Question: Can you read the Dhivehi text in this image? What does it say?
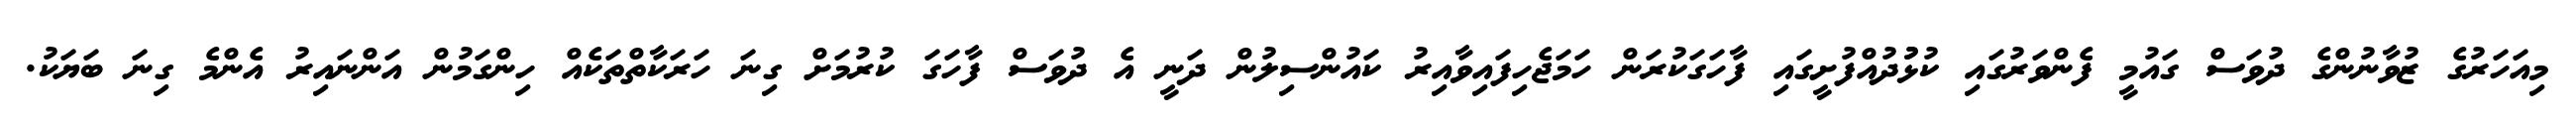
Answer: މިއަހަރުގެ ޒުވާނުންގެ ދުވަސް ގައުމީ ފެންވަރުގައި ކުޅުުދުއްފުށީގައި ފާހަގަކުރަން ހަމަޖެހިފައިވާއިރު ކައުންސިލުން ދަނީ އެ ދުވަސް ފާހަގަ ކުރުމަށް ގިނަ ހަރަކާތްތަކެއް ހިންގަމުން އަންނައިރު އެންމެ ގިނަ ބަޔަކު.